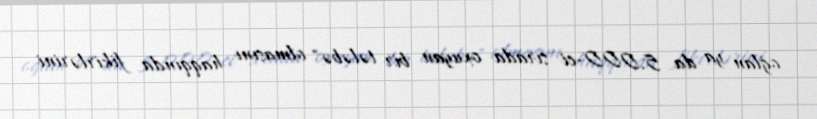
oğlan ya da 5.000-ci sırada oxuyan bir tələbə" olmasını haqqında fikirlərini